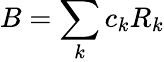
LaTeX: B=\sum_{k}c_{k}R_{k}